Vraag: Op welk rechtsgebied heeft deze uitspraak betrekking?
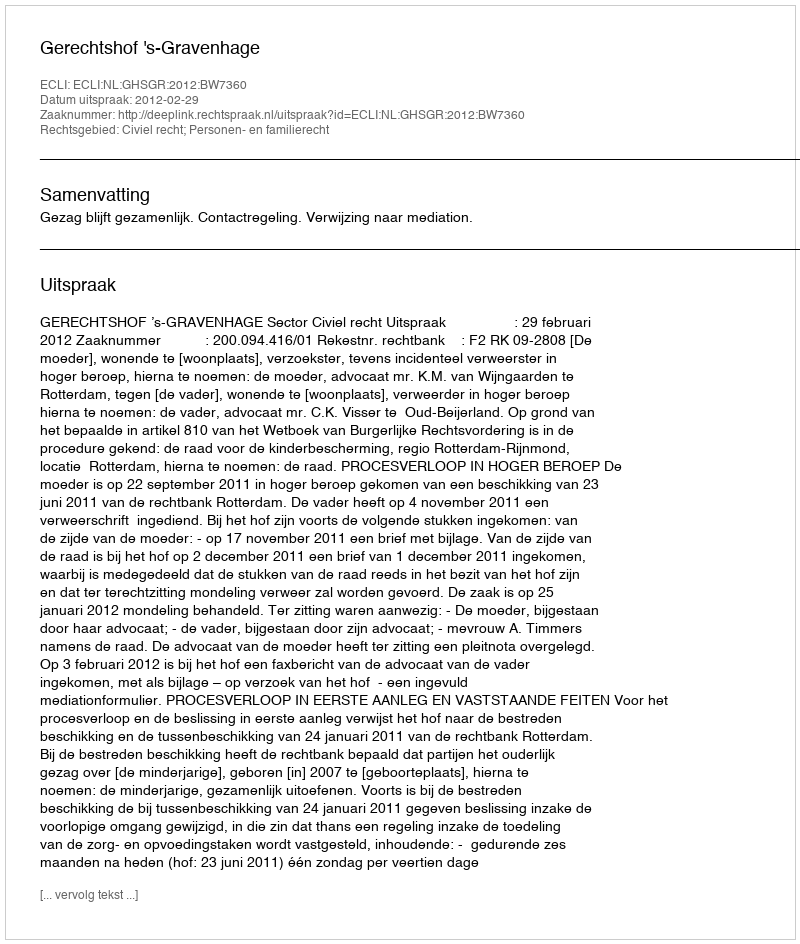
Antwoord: Civiel recht; Personen- en familierecht